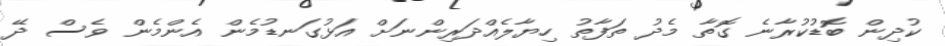
ކުދިން ބޮޑުކުރާނެ ގޮތާ މެދު ތަފާތު ހިޔާލެއްދަރިންނަށް އަޅުގަނޑުމެން އެންމެން ވެސް ދޭ